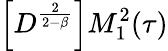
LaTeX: \left[D^{\frac{2}{2-\beta}}\right]M_{1}^{2}(\tau)